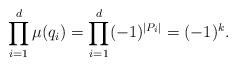
LaTeX: \begin{align*} \prod_{i=1}^d \mu(q_i) = \prod_{i=1}^d (-1)^{|P_i|} = (-1)^k.\end{align*}